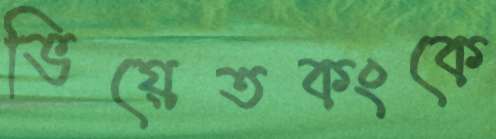
ভিয়েতকংকে